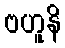
ဗဟူနိ